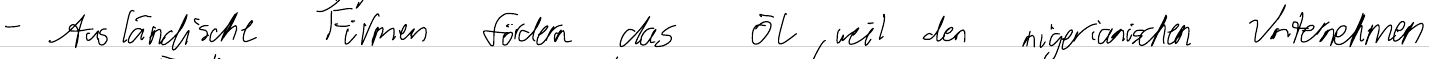
- Ausländische Firmen fördern das Öl, weil den nigerianischen Unternehmen